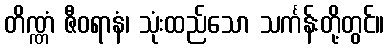
တိဏ္ဏံ ဇီဝရာနံ၊ သုံးထည်သော သင်္ကန်းတို့တွင်။